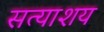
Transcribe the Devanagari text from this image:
सत्याशय